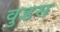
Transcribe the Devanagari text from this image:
वुडस